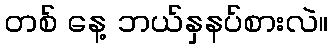
တစ် နေ့ ဘယ်နှနပ်စားလဲ။